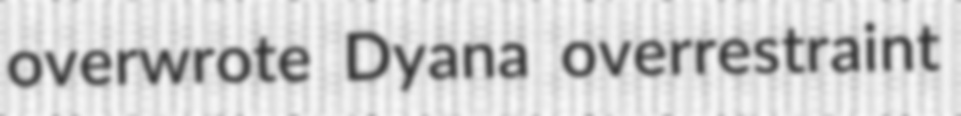
overwrote Dyana overrestraint